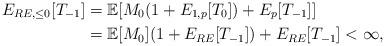
LaTeX: \begin{align*} E_{RE,\leq0}[T_{-1}] & =\mathbb{E}[M_0 (1+E_{1,p}[T_{0}])+E_{p}[T_{-1}]]\\ & =\mathbb{E}[M_0](1+ E_{RE}[T_{-1}])+E_{RE}[T_{-1}]<\infty, \end{align*}